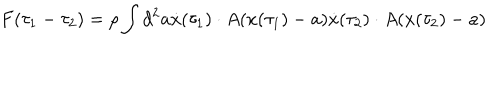
LaTeX: F ( \tau _ { 1 } - \tau _ { 2 } ) = \rho \int d ^ { 2 } a \dot { x } ( \tau _ { 1 } ) \cdot A ( x ( \tau _ { 1 } ) - a ) \dot { x } ( \tau _ { 2 } ) \cdot A ( x ( \tau _ { 2 } ) - a )